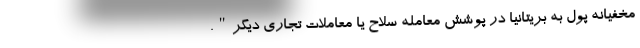
مخفیانه پول به بریتانیا در پوشش معامله سلاح یا معاملات تجاری دیگر".